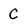
Character: C